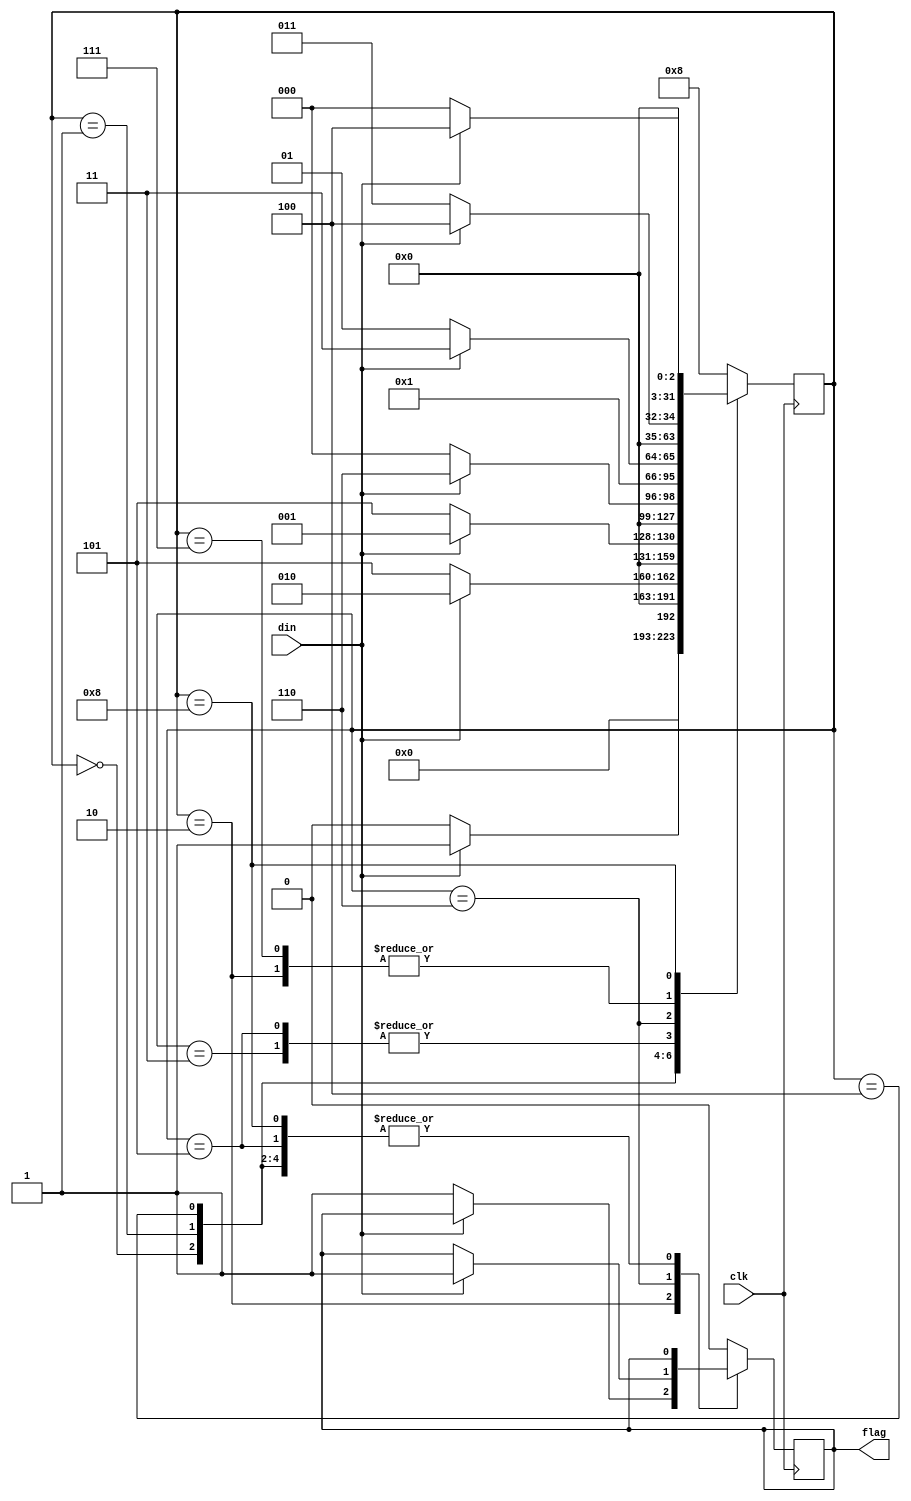
module seq_detect(output reg flag,input din,clk);
  integer state;
  always@(negedge clk)
    case(state)   
      0:state<=(din)?1:0;
      1:state<=(din)?2:5;
      2:if(din)
          state<=4;
        else begin
          state<=3;
          flag<=1'b1;
        end
      3:begin 
          flag<=1'b0;
          state<=(din)?6:0;
        end
      4:state<=(din)?1:5;
      5:state<=(din)?6:0;
      6:if(din)begin
          state<=7;
          flag<=1'b1;
        end
        else 
          state<=5;
      7:begin 
          flag<=1'b0;
          state<=(din)?4:3;
        end
      //8:start
      8:state<=(din)?4:0;
      //default:???
      default:begin
        flag<=1'b0;
        state<=8;
      end 
  endcase
  endmodule